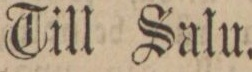
Till Salu.